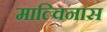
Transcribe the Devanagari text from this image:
माल्विनास